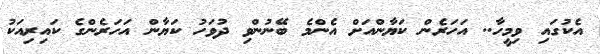
އެކުގައި ވިމީހާ.. އަހަރެން ކަޔާންއަށް އެންމެ ބޭނުންވި ދުވަހު ކަޔާން އަހަރެންގެ ކައިރިއަކު